Civil Veterinary Dept. Bombay admin report 1893-99 - 1893-1899
Year: 1893
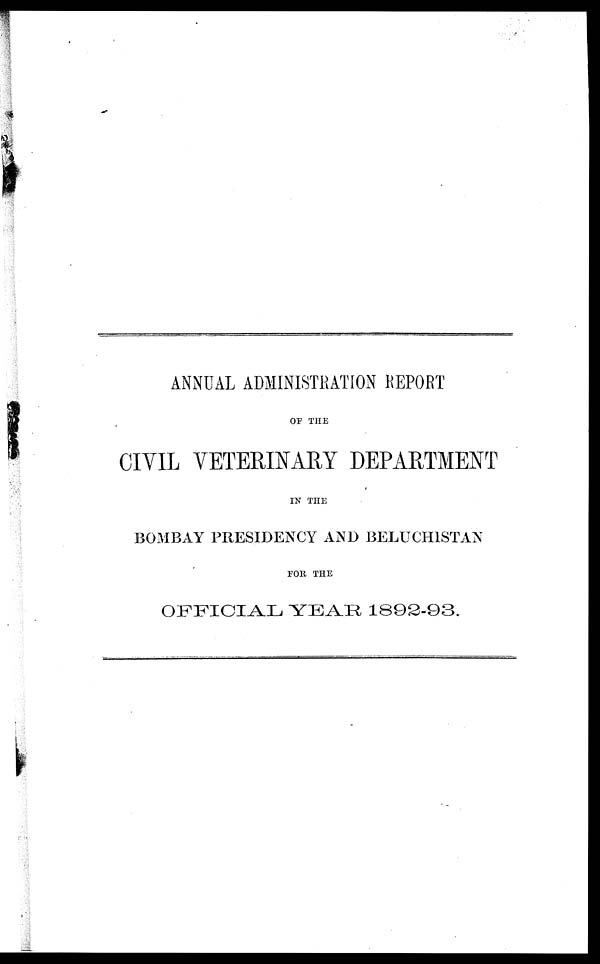
ANNUAL ADMINISTRATION REPORT
OF THE
CIVIL VETERINARY DEPARTMENT
IN THE
BOMBAY PRESIDENCY AND BELUCHISTAN
FOR THE
OFFICIAL YEAR 1892-93.